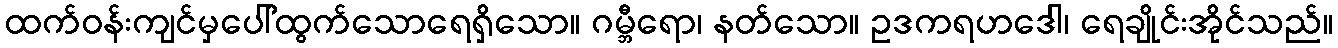
ထက်ဝန်းကျင်မှပေါ်ထွက်သောရေရှိသော။ ဂမ္ဘီရော၊ နတ်သော။ ဥဒကရဟဒေါ၊ ရေချိုင်းအိုင်သည်။